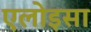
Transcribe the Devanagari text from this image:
एलोइसा